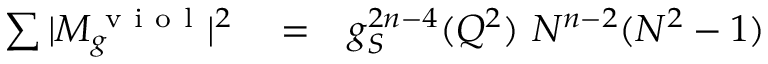
\begin{array} { r l r } { \sum \vert M _ { g } ^ { \mathrm { ~ v ~ i ~ o ~ l ~ } } \vert ^ { 2 } } & { { } = } & { g _ { S } ^ { 2 n - 4 } ( Q ^ { 2 } ) ~ N ^ { n - 2 } ( N ^ { 2 } - 1 ) } \end{array}